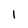
Character: 1